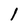
Character: 1